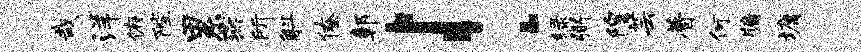
哉洋俯陛累燕所斛僚鄣！绿弼隍芸瞢何牖墉